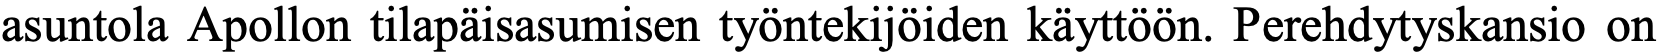
asuntola Apollon tilapäisasumisen työntekijöiden käyttöön. Perehdytyskansio on